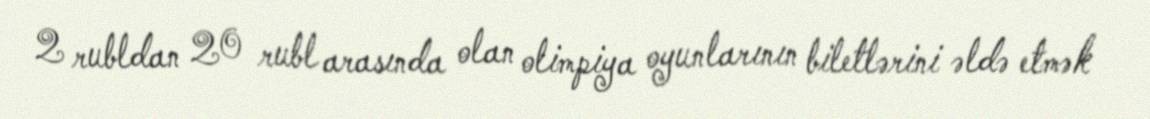
2 rubldan 20 rubl arasında olan olimpiya oyunlarının biletlərini əldə etmək